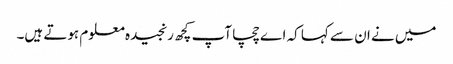
میں نے ان سے کہا کہ اے چچا آپ کچھ رنجیدہ معلوم ہوتے ہیں۔